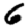
Digit: 6